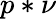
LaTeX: p\ast\nu